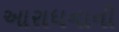
આરાધનાની